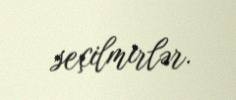
seçilmirlər.